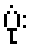
ပုံး